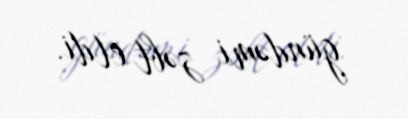
gündəmi zəbt etdi.